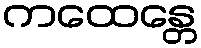
ကထေန္တေ